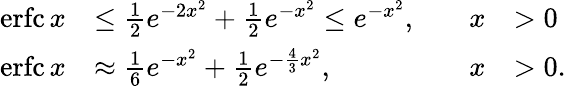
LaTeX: {\begin{array}{rlrl}{\operatorname{erfc}x}&{\leq{\frac{1}{2}}e^{-2x^{2}}+{\frac{1}{2}}e^{-x^{2}}\leq e^{-x^{2}},}&{\quad x}&{>0}\\ {\operatorname{erfc}x}&{\approx{\frac{1}{6}}e^{-x^{2}}+{\frac{1}{2}}e^{-{\frac{4}{3}}x^{2}},}&{\quad x}&{>0.}\end{array}}